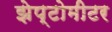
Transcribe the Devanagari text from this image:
झेप्टोमीटर